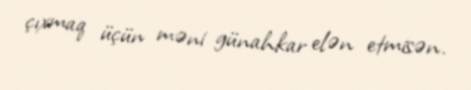
çıxmaq üçün məni günahkar elən etmisən.